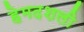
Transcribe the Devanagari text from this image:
हेमदशली